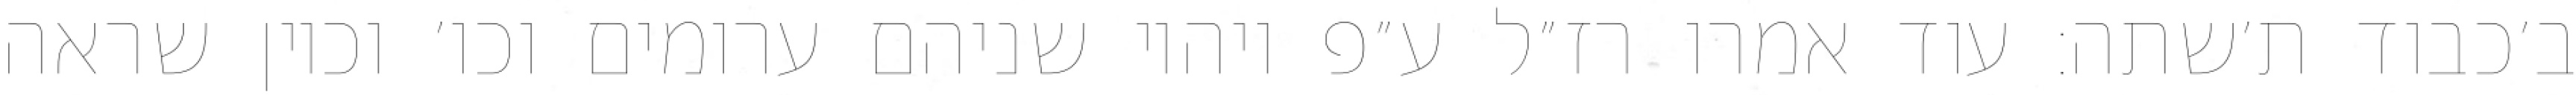
ב׳כבוד ת׳שתה: עוד אמרו רז״ל ע״פ ויהיו שניהם ערומים וכו׳ וכיון שראה